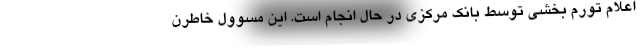
اعلام تورم بخشی توسط بانک مرکزی در حال انجام است. این مسوول خاطرن